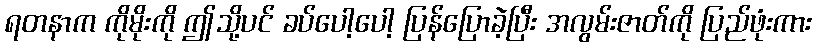
ရတနာက ကိုမိုးကို ဤသို့ပင် ခပ်ပေါ့ပေါ့ ပြန်ပြောခဲ့ပြီး အလွမ်းဇာတ်ကို ပြည်ဖုံးကား